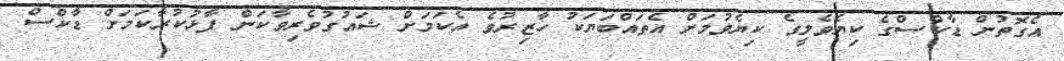
އެގޮތުން ޑާކްސްގެ ކިޔެވެލީގެ ކިޔެވުމަށް އެތަައްބަޔަކު ހާޒިރުވެ އެކަމަށް ޝައުގުވެރިވާކަން ފާޅުކުރާކަމަށް ޑާކްސް